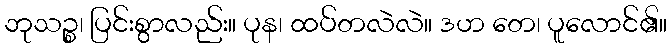
ဘုသဉ္စ၊ ပြင်းစွာလည်း။ ပုန၊ ထပ်တလဲလဲ။ ဒဟ တေ၊ ပူလောင်၏။